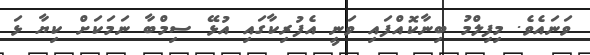
ވަނައެވެ. މިފިލްމު ބިނާކޮއްފައި ވަނީ އެފުރިކާގައި އުޅޭ ސިމްބާ ނަމަކަށް ކިޔާ ޅަ